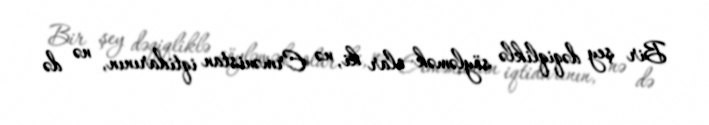
Bir şey dəqiqliklə söyləmək olar ki, nə Ermənistan iqtidarının, nə də